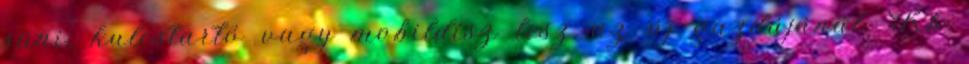
süni, kulcstartó vagy mobildísz lesz az új gazdájánál. Kb